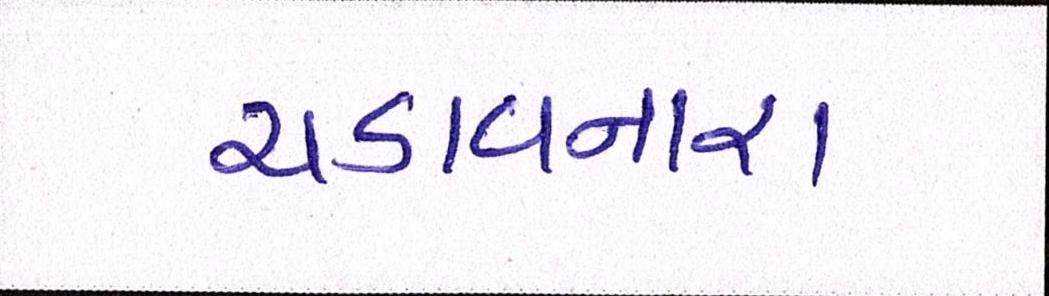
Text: ચડાવનારા